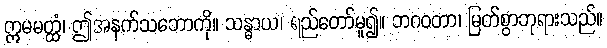
ဣမမတ္ထံ၊ ဤအနက်သဘောကို။ သန္ဓာယ၊ ရည်တော်မူ၍။ ဘဂဝတာ၊ မြတ်စွာဘုရားသည်။